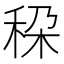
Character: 𮃄